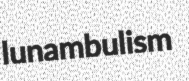
lunambulism